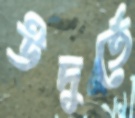
উদুর্তে